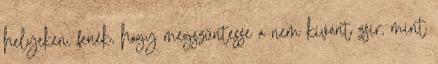
helyeken, fenék, hogy megszüntesse a nem kívánt zsír, mint